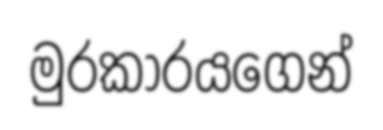
මුරකාරයගෙන්